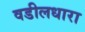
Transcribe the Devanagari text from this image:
वडीलधारा